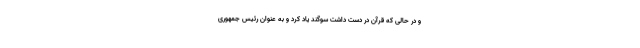
و در حالی که قرآن در دست داشت سوگند یاد کرد و به عنوان رئیس جمهوری